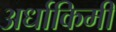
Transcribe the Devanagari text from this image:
अर्धाकिमी